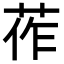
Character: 莋